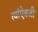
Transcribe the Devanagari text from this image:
त्यांऐवजी